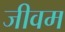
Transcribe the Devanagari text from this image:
जीवम